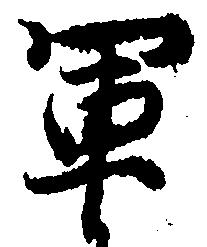
軍